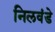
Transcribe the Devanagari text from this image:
निलवंडे